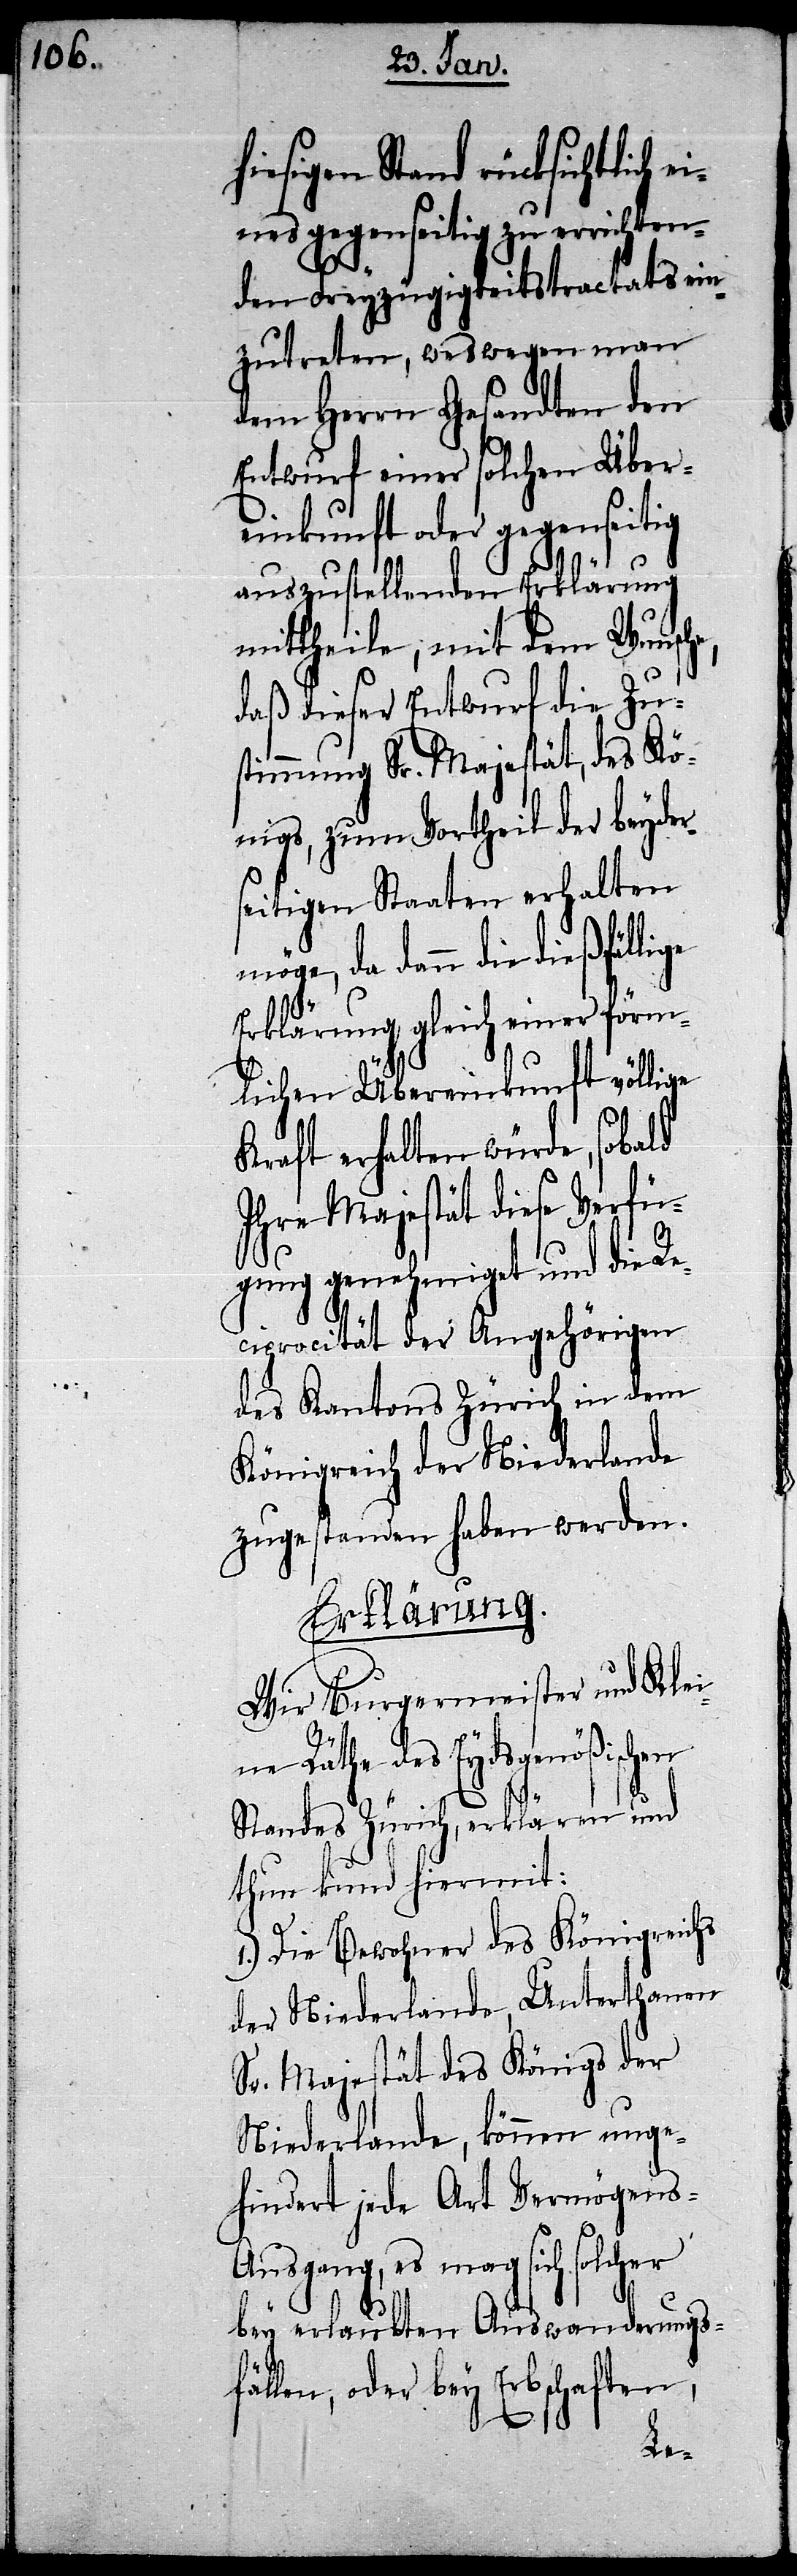
hiesigen Stand rücksichtlich
eines gegenseitig zu errichten¬
den Freyzügigkeitstractats ein¬
zutreten, weswegen man
dem Herrn Gesandten den
Entwurf einer solchen Über¬
einkunft oder gegenseitig
auszustellenden Erklärung
mittheile, mit dem Wunsch¬
daß dieser Entwurf die Zu¬
stimmung Sr. Majestät, des Kö¬
nigs, zum Vortheil der beyder¬
seitigen Staaten erhalten
dann die dießfällige
Erklärung gleich einer förm¬
lichen Übereinkunft völlige
Kraft erhalten würde, sobald
Ihre Majestät diese Verfü¬
gung genehmiget und die Re¬
ciprocität der Angehörigen
des Kantons Zürich in dem
Königreich der Niederlande
zugestanden haben werden.
Erklärung.
Wir Burgermeister und Klei¬
ne Räthe des Eydsgenößischen
Standes Zürich, erklären und
thun kund hiermit:
1.) Die Bewohner des Königreichs
der Niederlande, Unterthanen
Sr. Majestät des Königs der
Niederlande, können unge¬
hindert jede Art Vermögen¬
s-Ausgang, es mag sich solcher
bey erlaubten Auswanderungsf¬
ällen, oder bey Erbschaften,
e,